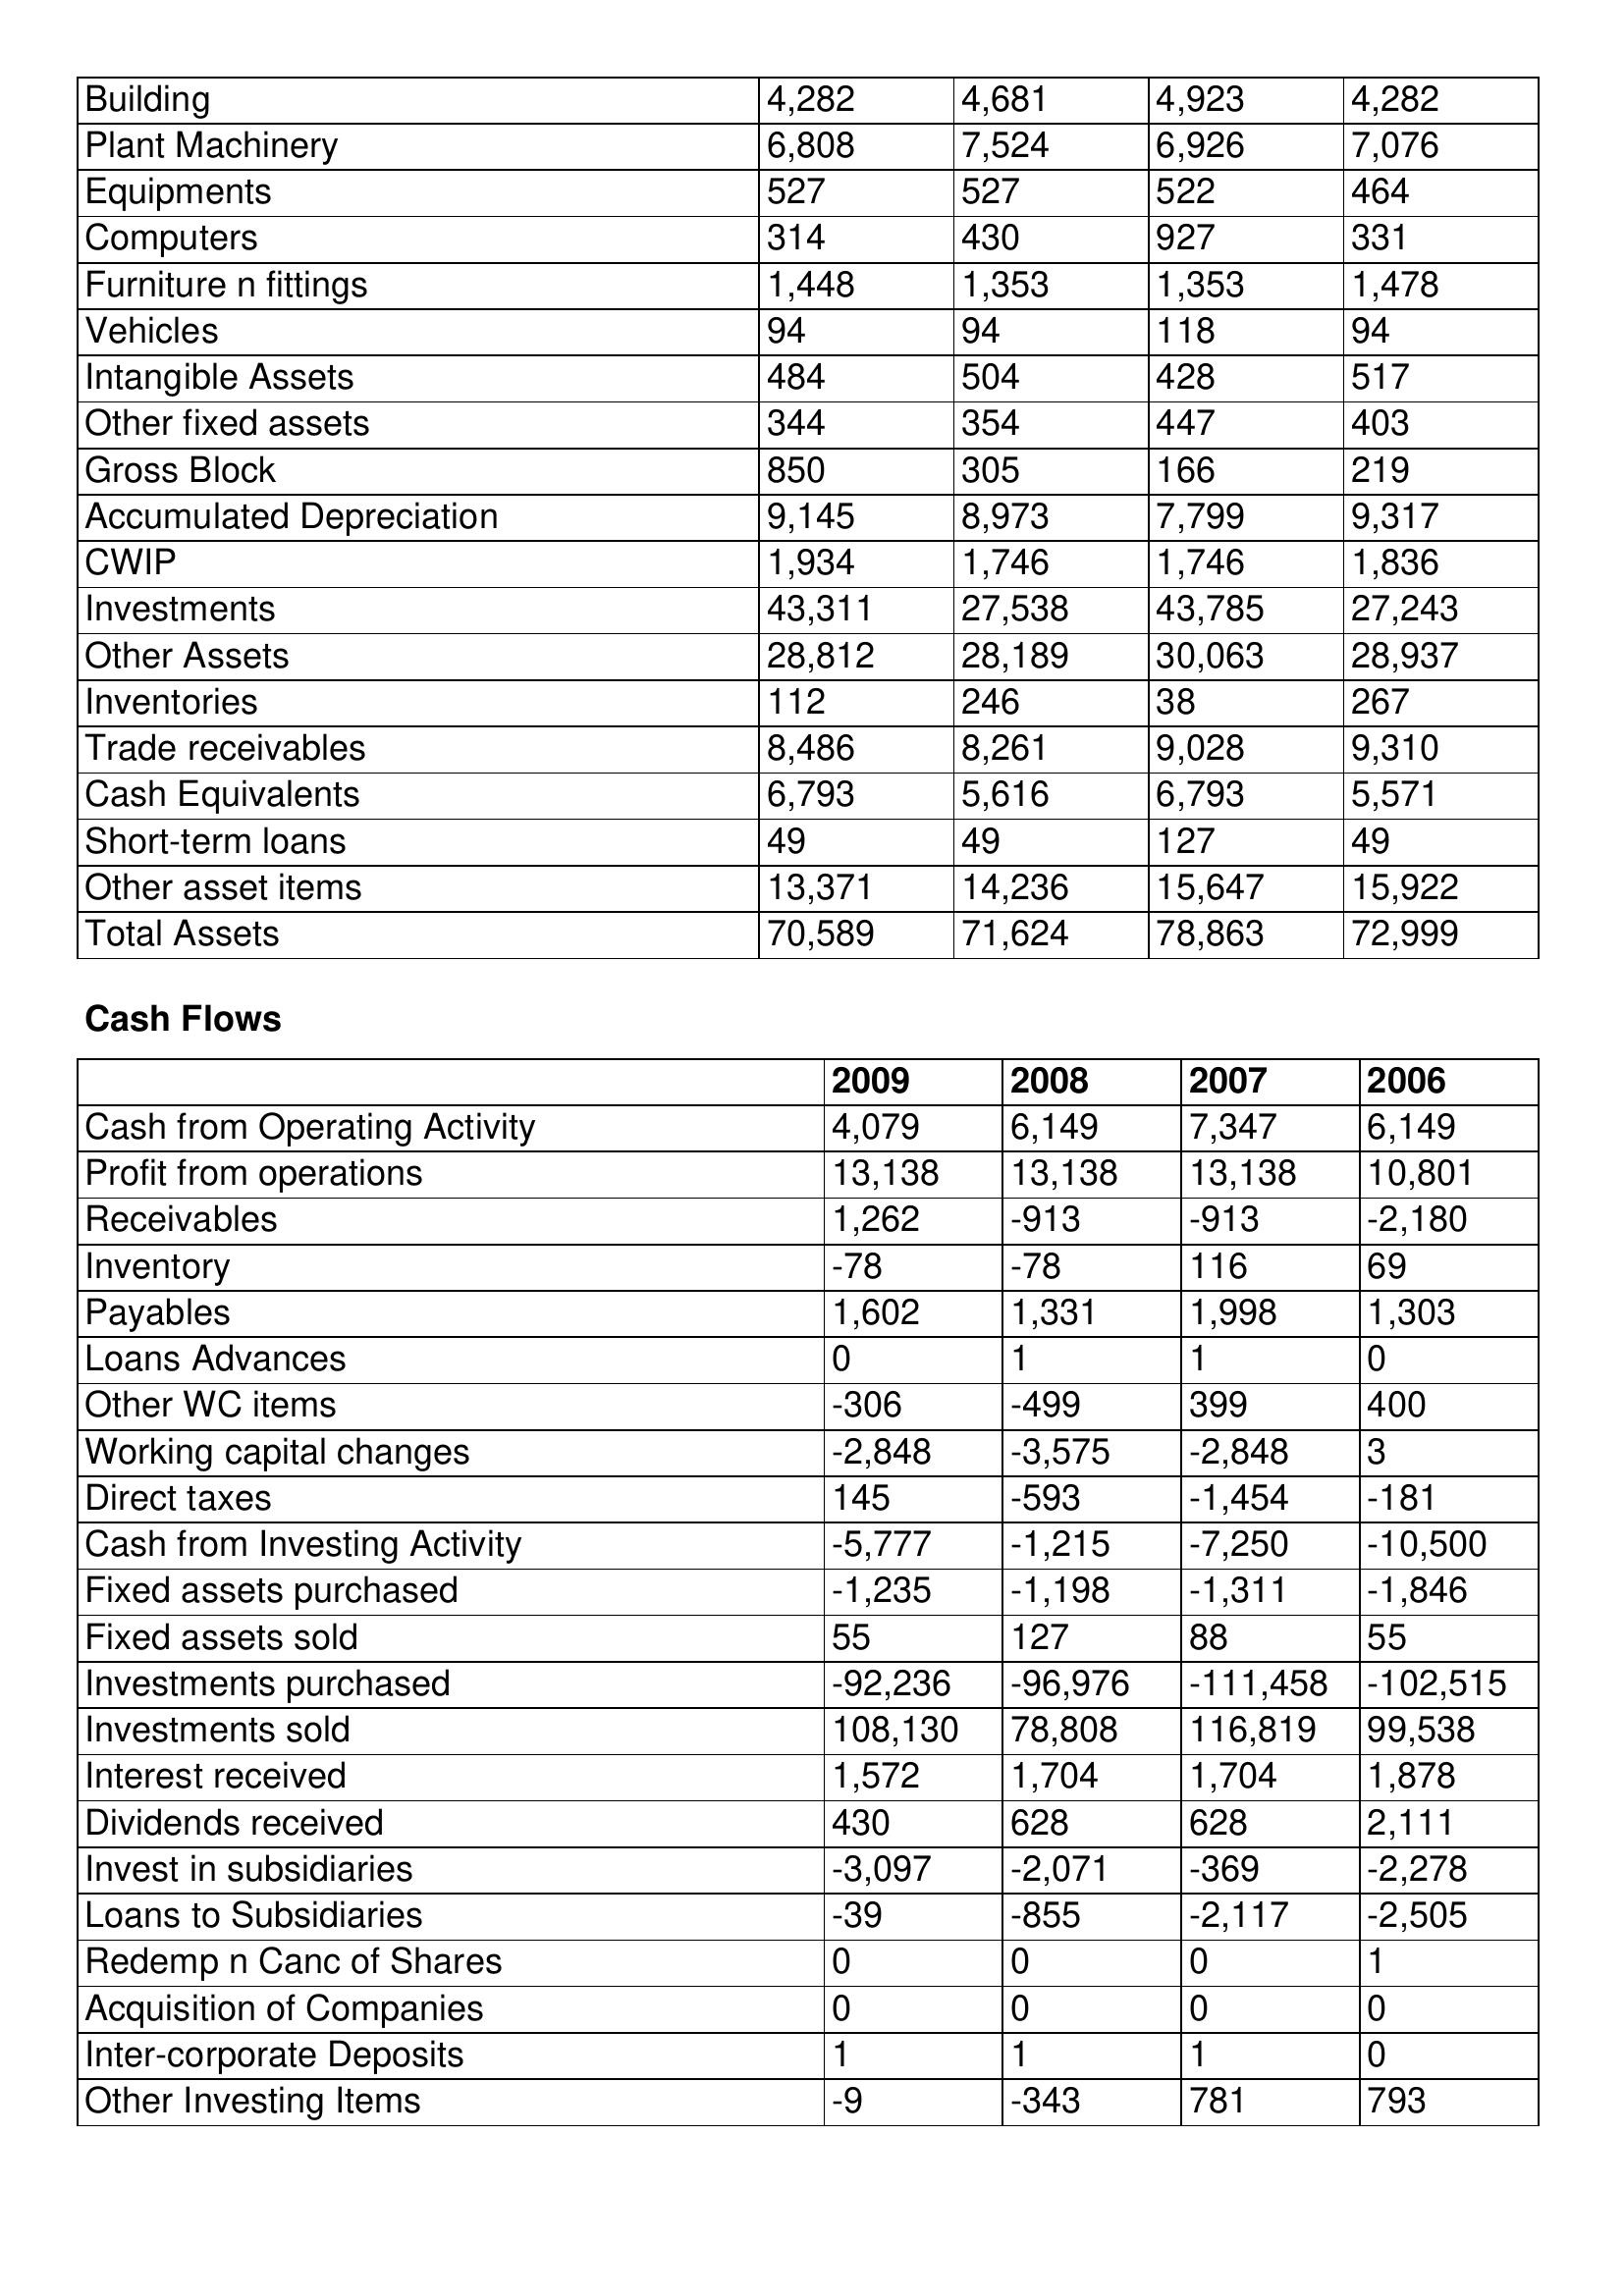
gt_parse: 2009: Balance Sheet: Building: 4,282
Plant Machinery: 6,808
Equipments: 527
Computers: 314
Furniture n fittings: 1,448
Vehicles: 94
Intangible Assets: 484
Other fixed assets: 344
Gross Block: 850
Accumulated Depreciation: 9,145
CWIP: 1,934
Investments: 43,311
Other Assets: 28,812
Inventories: 112
Trade receivables: 8,486
Cash Equivalents: 6,793
Short-term loans: 49
Other asset items: 13,371
Total Assets: 70,589
Cash Flows: Cash from Operating Activity: 4,079
Profit from operations: 13,138
Receivables: 1,262
Inventory: -78
Payables: 1,602
Loans Advances: 0
Other WC items: -306
Working capital changes: -2,848
Direct taxes: 145
Cash from Investing Activity: -5,777
Fixed assets purchased: -1,235
Fixed assets sold: 55
Investments purchased: -92,236
Investments sold: 108,130
Interest received: 1,572
Dividends received: 430
Invest in subsidiaries: -3,097
Loans to Subsidiaries: -39
Redemp n Canc of Shares: 0
Acquisition of Companies: 0
Inter-corporate Deposits: 1
Other Investing Items: -9
2008: Balance Sheet: Building: 4,681
Plant Machinery: 7,524
Equipments: 527
Computers: 430
Furniture n fittings: 1,353
Vehicles: 94
Intangible Assets: 504
Other fixed assets: 354
Gross Block: 305
Accumulated Depreciation: 8,973
CWIP: 1,746
Investments: 27,538
Other Assets: 28,189
Inventories: 246
Trade receivables: 8,261
Cash Equivalents: 5,616
Short-term loans: 49
Other asset items: 14,236
Total Assets: 71,624
Cash Flows: Cash from Operating Activity: 6,149
Profit from operations: 13,138
Receivables: -913
Inventory: -78
Payables: 1,331
Loans Advances: 1
Other WC items: -499
Working capital changes: -3,575
Direct taxes: -593
Cash from Investing Activity: -1,215
Fixed assets purchased: -1,198
Fixed assets sold: 127
Investments purchased: -96,976
Investments sold: 78,808
Interest received: 1,704
Dividends received: 628
Invest in subsidiaries: -2,071
Loans to Subsidiaries: -855
Redemp n Canc of Shares: 0
Acquisition of Companies: 0
Inter-corporate Deposits: 1
Other Investing Items: -343
2007: Balance Sheet: Building: 4,923
Plant Machinery: 6,926
Equipments: 522
Computers: 927
Furniture n fittings: 1,353
Vehicles: 118
Intangible Assets: 428
Other fixed assets: 447
Gross Block: 166
Accumulated Depreciation: 7,799
CWIP: 1,746
Investments: 43,785
Other Assets: 30,063
Inventories: 38
Trade receivables: 9,028
Cash Equivalents: 6,793
Short-term loans: 127
Other asset items: 15,647
Total Assets: 78,863
Cash Flows: Cash from Operating Activity: 7,347
Profit from operations: 13,138
Receivables: -913
Inventory: 116
Payables: 1,998
Loans Advances: 1
Other WC items: 399
Working capital changes: -2,848
Direct taxes: -1,454
Cash from Investing Activity: -7,250
Fixed assets purchased: -1,311
Fixed assets sold: 88
Investments purchased: -111,458
Investments sold: 116,819
Interest received: 1,704
Dividends received: 628
Invest in subsidiaries: -369
Loans to Subsidiaries: -2,117
Redemp n Canc of Shares: 0
Acquisition of Companies: 0
Inter-corporate Deposits: 1
Other Investing Items: 781
2006: Balance Sheet: Building: 4,282
Plant Machinery: 7,076
Equipments: 464
Computers: 331
Furniture n fittings: 1,478
Vehicles: 94
Intangible Assets: 517
Other fixed assets: 403
Gross Block: 219
Accumulated Depreciation: 9,317
CWIP: 1,836
Investments: 27,243
Other Assets: 28,937
Inventories: 267
Trade receivables: 9,310
Cash Equivalents: 5,571
Short-term loans: 49
Other asset items: 15,922
Total Assets: 72,999
Cash Flows: Cash from Operating Activity: 6,149
Profit from operations: 10,801
Receivables: -2,180
Inventory: 69
Payables: 1,303
Loans Advances: 0
Other WC items: 400
Working capital changes: 3
Direct taxes: -181
Cash from Investing Activity: -10,500
Fixed assets purchased: -1,846
Fixed assets sold: 55
Investments purchased: -102,515
Investments sold: 99,538
Interest received: 1,878
Dividends received: 2,111
Invest in subsidiaries: -2,278
Loans to Subsidiaries: -2,505
Redemp n Canc of Shares: 1
Acquisition of Companies: 0
Inter-corporate Deposits: 0
Other Investing Items: 793